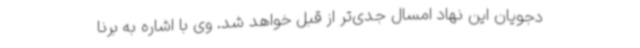
دجویان این نهاد امسال جدی‌تر از قبل خواهد شد. وی با اشاره به برنا